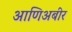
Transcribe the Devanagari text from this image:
आणिअबीर